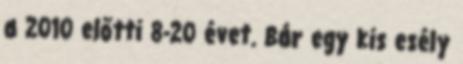
a 2010 előtti 8-20 évet. Bár egy kis esély